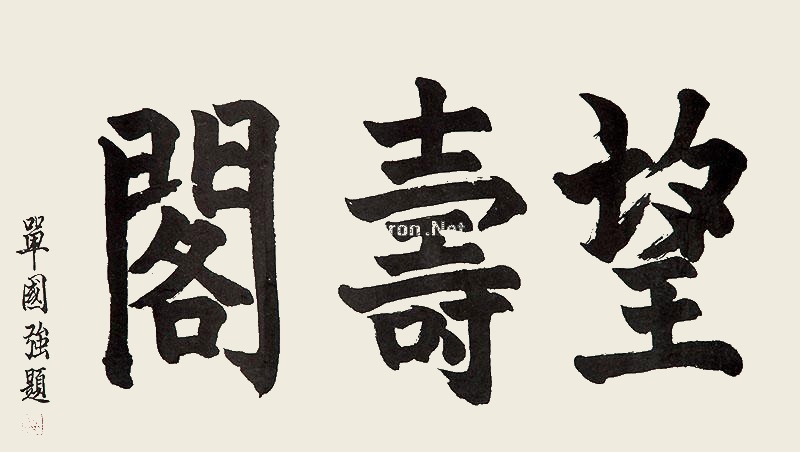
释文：望寿阁单国强题。